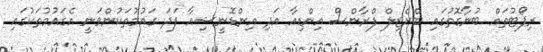
ރިޕޯޓުތައް ބުނާގޮތުގައި ބްރެޒިލް ފްރާންސް އިންޑިއާ އަދި އިންޑޮނީޝިއާ ފަދަ ގައުމުތަކުންވަނީ އެގައުމުތަކުގައި